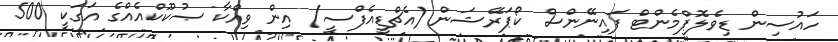
ހައުސިން ޑިވެލޮޕްމެންޓް ފައިނޭންސް ކޯޕަރޭޝަން (އެޗްޑީއެފްސީ) އިން ވިއްކާ ޞުކޫކްއެއްގެ އަގަކީ 500